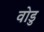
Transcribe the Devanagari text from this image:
वोडु